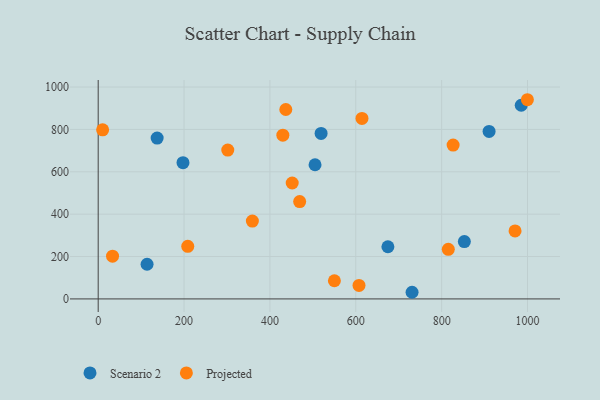
{"axis": {"x": "Investment", "y": "Fuel Efficiency"}, "legend": ["Projected", "Scenario 2"], "data": [{"x": "519.2", "y": 781.2, "type": "Scenario 2"}, {"x": "113.8", "y": 163.5, "type": "Scenario 2"}, {"x": "985.4", "y": 914.1, "type": "Scenario 2"}, {"x": "852.9", "y": 270.4, "type": "Scenario 2"}, {"x": "137.3", "y": 759.1, "type": "Scenario 2"}, {"x": "910.5", "y": 790.8, "type": "Scenario 2"}, {"x": "731.1", "y": 31.3, "type": "Scenario 2"}, {"x": "505.1", "y": 633.3, "type": "Scenario 2"}, {"x": "674.8", "y": 246.3, "type": "Scenario 2"}, {"x": "197.5", "y": 643.1, "type": "Scenario 2"}, {"x": "826.7", "y": 726.1, "type": "Projected"}, {"x": "430.1", "y": 772.7, "type": "Projected"}, {"x": "550.2", "y": 85.8, "type": "Projected"}, {"x": "437.0", "y": 894.1, "type": "Projected"}, {"x": "33.4", "y": 201.9, "type": "Projected"}, {"x": "607.5", "y": 63.7, "type": "Projected"}, {"x": "614.4", "y": 851.9, "type": "Projected"}, {"x": "999.7", "y": 940.2, "type": "Projected"}, {"x": "451.9", "y": 547.0, "type": "Projected"}, {"x": "815.5", "y": 233.9, "type": "Projected"}, {"x": "10.3", "y": 797.9, "type": "Projected"}, {"x": "359.1", "y": 367.2, "type": "Projected"}, {"x": "469.3", "y": 459.2, "type": "Projected"}, {"x": "301.8", "y": 702.5, "type": "Projected"}, {"x": "971.0", "y": 320.7, "type": "Projected"}, {"x": "208.6", "y": 248.2, "type": "Projected"}]}